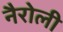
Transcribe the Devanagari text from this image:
नैरोली